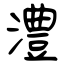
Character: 澧